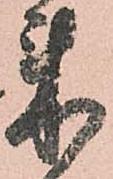
来